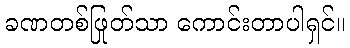
ခဏတစ်ဖြုတ်သာ ကောင်းတာပါရှင်။